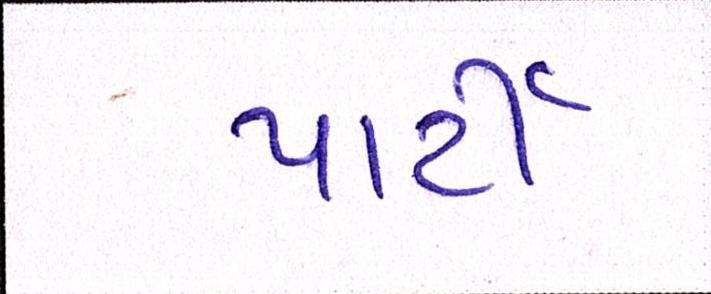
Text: પાર્ટી